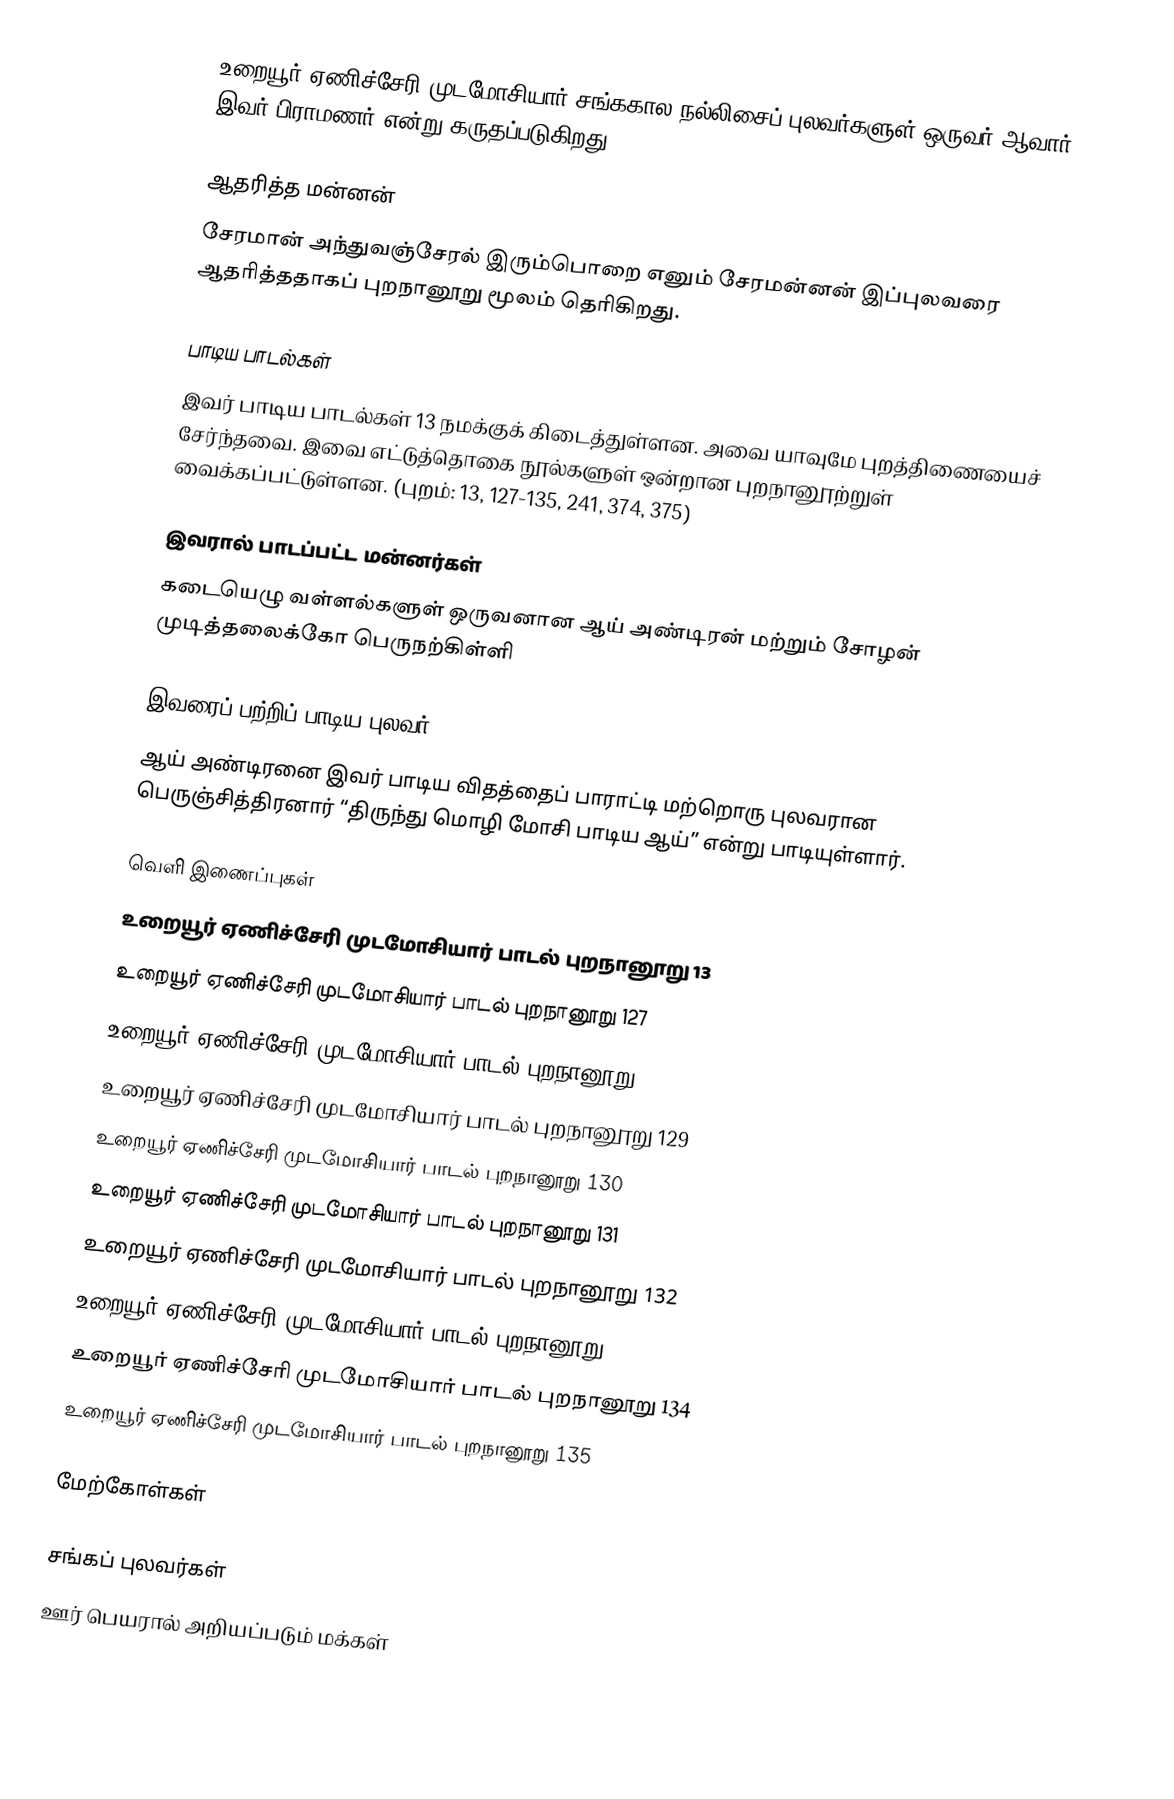
உறையூர் ஏணிச்சேரி முடமோசியார் சங்ககால நல்லிசைப் புலவர்களுள் ஒருவர் ஆவார். இவர் பிராமணர் என்று கருதப்படுகிறது.

ஆதரித்த மன்னன்
சேரமான் அந்துவஞ்சேரல் இரும்பொறை எனும் சேரமன்னன் இப்புலவரை ஆதரித்ததாகப் புறநானூறு மூலம் தெரிகிறது.

பாடிய பாடல்கள்
இவர் பாடிய பாடல்கள் 13 நமக்குக் கிடைத்துள்ளன. அவை யாவுமே புறத்திணையைச் சேர்ந்தவை. இவை எட்டுத்தொகை நூல்களுள் ஒன்றான புறநானூற்றுள் வைக்கப்பட்டுள்ளன. (புறம்: 13, 127-135, 241, 374, 375)

இவரால் பாடப்பட்ட மன்னர்கள்
கடையெழு வள்ளல்களுள் ஒருவனான ஆய் அண்டிரன் மற்றும் சோழன் முடித்தலைக்கோ பெருநற்கிள்ளி

இவரைப் பற்றிப் பாடிய புலவர்
ஆய் அண்டிரனை இவர் பாடிய விதத்தைப் பாராட்டி மற்றொரு புலவரான பெருஞ்சித்திரனார் “திருந்து மொழி மோசி பாடிய ஆய்” என்று பாடியுள்ளார்.

வெளி இணைப்புகள்
 உறையூர் ஏணிச்சேரி முடமோசியார் பாடல் புறநானூறு 13
 உறையூர் ஏணிச்சேரி முடமோசியார் பாடல் புறநானூறு 127
 உறையூர் ஏணிச்சேரி முடமோசியார் பாடல் புறநானூறு 128
 உறையூர் ஏணிச்சேரி முடமோசியார் பாடல் புறநானூறு 129
 உறையூர் ஏணிச்சேரி முடமோசியார் பாடல் புறநானூறு 130
 உறையூர் ஏணிச்சேரி முடமோசியார் பாடல் புறநானூறு 131
 உறையூர் ஏணிச்சேரி முடமோசியார் பாடல் புறநானூறு 132
 உறையூர் ஏணிச்சேரி முடமோசியார் பாடல் புறநானூறு 133
 உறையூர் ஏணிச்சேரி முடமோசியார் பாடல் புறநானூறு 134
 உறையூர் ஏணிச்சேரி முடமோசியார் பாடல் புறநானூறு 135

மேற்கோள்கள்

சங்கப் புலவர்கள்
ஊர் பெயரால் அறியப்படும் மக்கள்